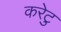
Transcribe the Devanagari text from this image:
करेटु